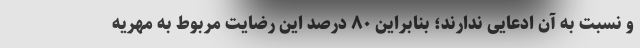
و نسبت به آن ادعایی ندارند؛ بنابراین ۸۰ درصد این رضایت مربوط به مهریه